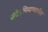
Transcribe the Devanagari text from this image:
संदेहनिवाणार्थक